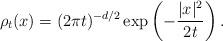
LaTeX: \begin{align*}\rho_{t}(x)=(2\pi t)^{-d/2}\exp\left( -\frac{|x|^{2}}{2t}\right) .\end{align*}